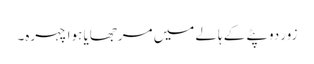
زور دوپٹے کے ہالے میں مرجھایا ہوا چہرہ۔